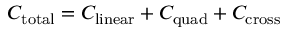
C _ { \mathrm { t o t a l } } = C _ { \mathrm { l i n e a r } } + C _ { \mathrm { q u a d } } + C _ { \mathrm { c r o s s } }